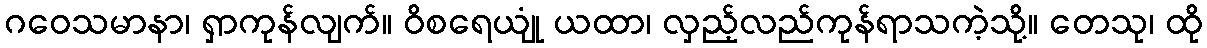
ဂဝေသမာနာ၊ ရှာကုန်လျက်။ ဝိစရေယျုံ ယထာ၊ လှည့်လည်ကုန်ရာသကဲ့သို့။ တေသု၊ ထို